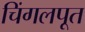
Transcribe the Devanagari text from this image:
चिंगलपूत